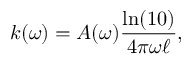
k ( \omega ) = A ( \omega ) \frac { \ln ( 1 0 ) } { 4 \pi \omega \ell } ,